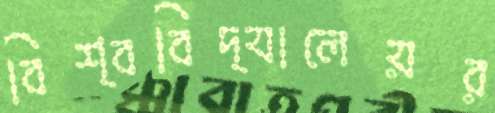
বিশ্ববিদ্যালেয়র